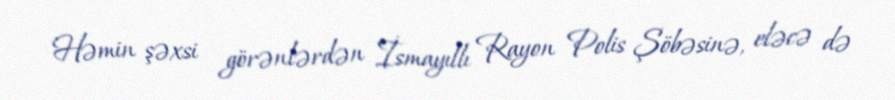
Həmin şəxsi görənlərdən İsmayıllı Rayon Polis Şöbəsinə, eləcə də